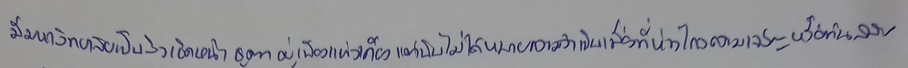
มีมหาวิทยาลัยเป็นสิ่งเชิดหน้าชูตาอยู่เพียงแห่งเดียวแต่นั่นไม่ได้หมายความว่าเป็นเมืองที่ห่างไกลความเจริญหรือทันสมัย